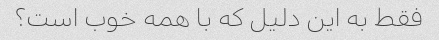
فقط به این دلیل که با همه خوب است؟